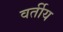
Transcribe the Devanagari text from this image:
वर्तीय